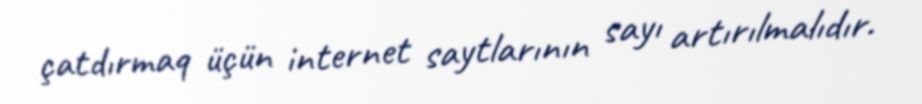
çatdırmaq üçün internet saytlarının sayı artırılmalıdır.